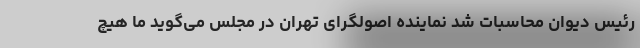
رئیس دیوان محاسبات شد نماینده اصولگرای تهران در مجلس می‌گوید ما هیچ